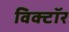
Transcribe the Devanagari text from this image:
विक्टॉर